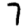
Digit: 7